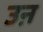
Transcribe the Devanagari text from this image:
उऩ